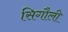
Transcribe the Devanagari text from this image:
सिगौली